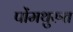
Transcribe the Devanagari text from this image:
पोंमथुरुत